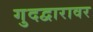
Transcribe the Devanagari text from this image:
गुदद्वारावर